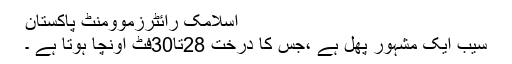
اسلامک رائٹرزموومنٹ پاکستان
سیب ایک مشہور پھل ہے ،جس کا درخت 28تا30فٹ اونچا ہوتا ہے ۔